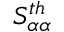
S _ { \alpha \alpha } ^ { t h }